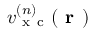
v _ { \mathrm { ~ x ~ c ~ } } ^ { ( n ) } ( \boldsymbol { \textbf { r } } )